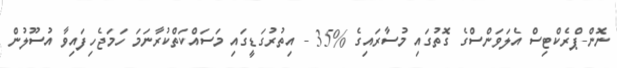
ނޮން-ޕްރެކްޓިސް އެލަވަންސްގެ ގޮތުގައި މުސާރައިގެ %35 - އިތުރުގަޑީގައި މަސައްކަތްކުރާނަމަ ހަމަޖެހިފައިވާ އުސޫލުން